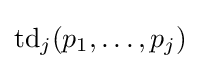
\operatorname {td} _{j}(p_{1},\ldots ,p_{j})